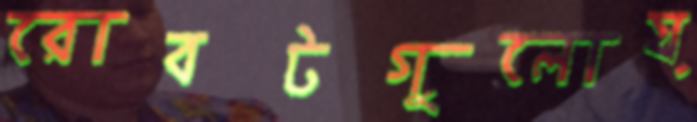
রোবটগুলোয়